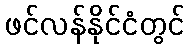
ဖင်လန်နိုင်ငံတွင်